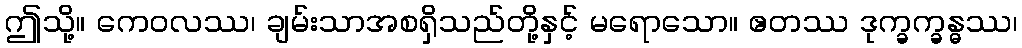
ဤသို့။ ကေဝလဿ၊ ချမ်းသာအစရှိသည်တို့နှင့် မရောသော။ ဧတဿ ဒုက္ခက္ခန္ဓဿ၊